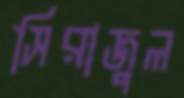
সিরাজুল